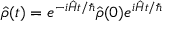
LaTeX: \hat { \rho } ( t ) = e ^ { - i \hat { H } t / \hbar } \hat { \rho } ( 0 ) e ^ { i \hat { H } t / \hbar }